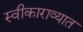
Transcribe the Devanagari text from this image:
स्वीकाराव्यात